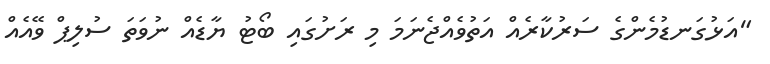
"އަޅުގަނޑުމެންގެ ސަރުކާރެއް އަތުވެއްޖެނަމަ މި ރަށުގައި ބޯޓު ޔާޑެއް ނުވަތަ ސުލިޕް ވޭއެއް